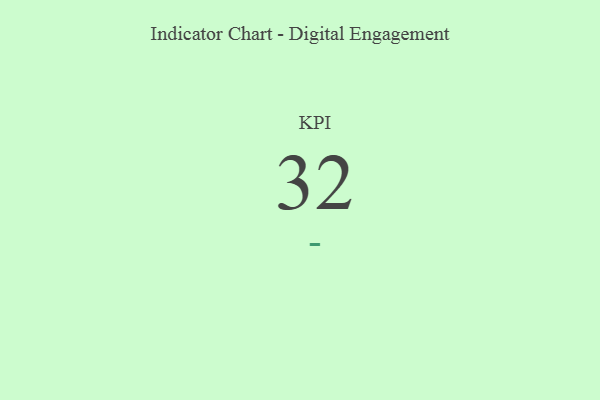
{"axis": {"x": "KPI", "y": "Value"}, "legend": [""], "data": [{"x": "KPI", "y": 32, "type": ""}]}